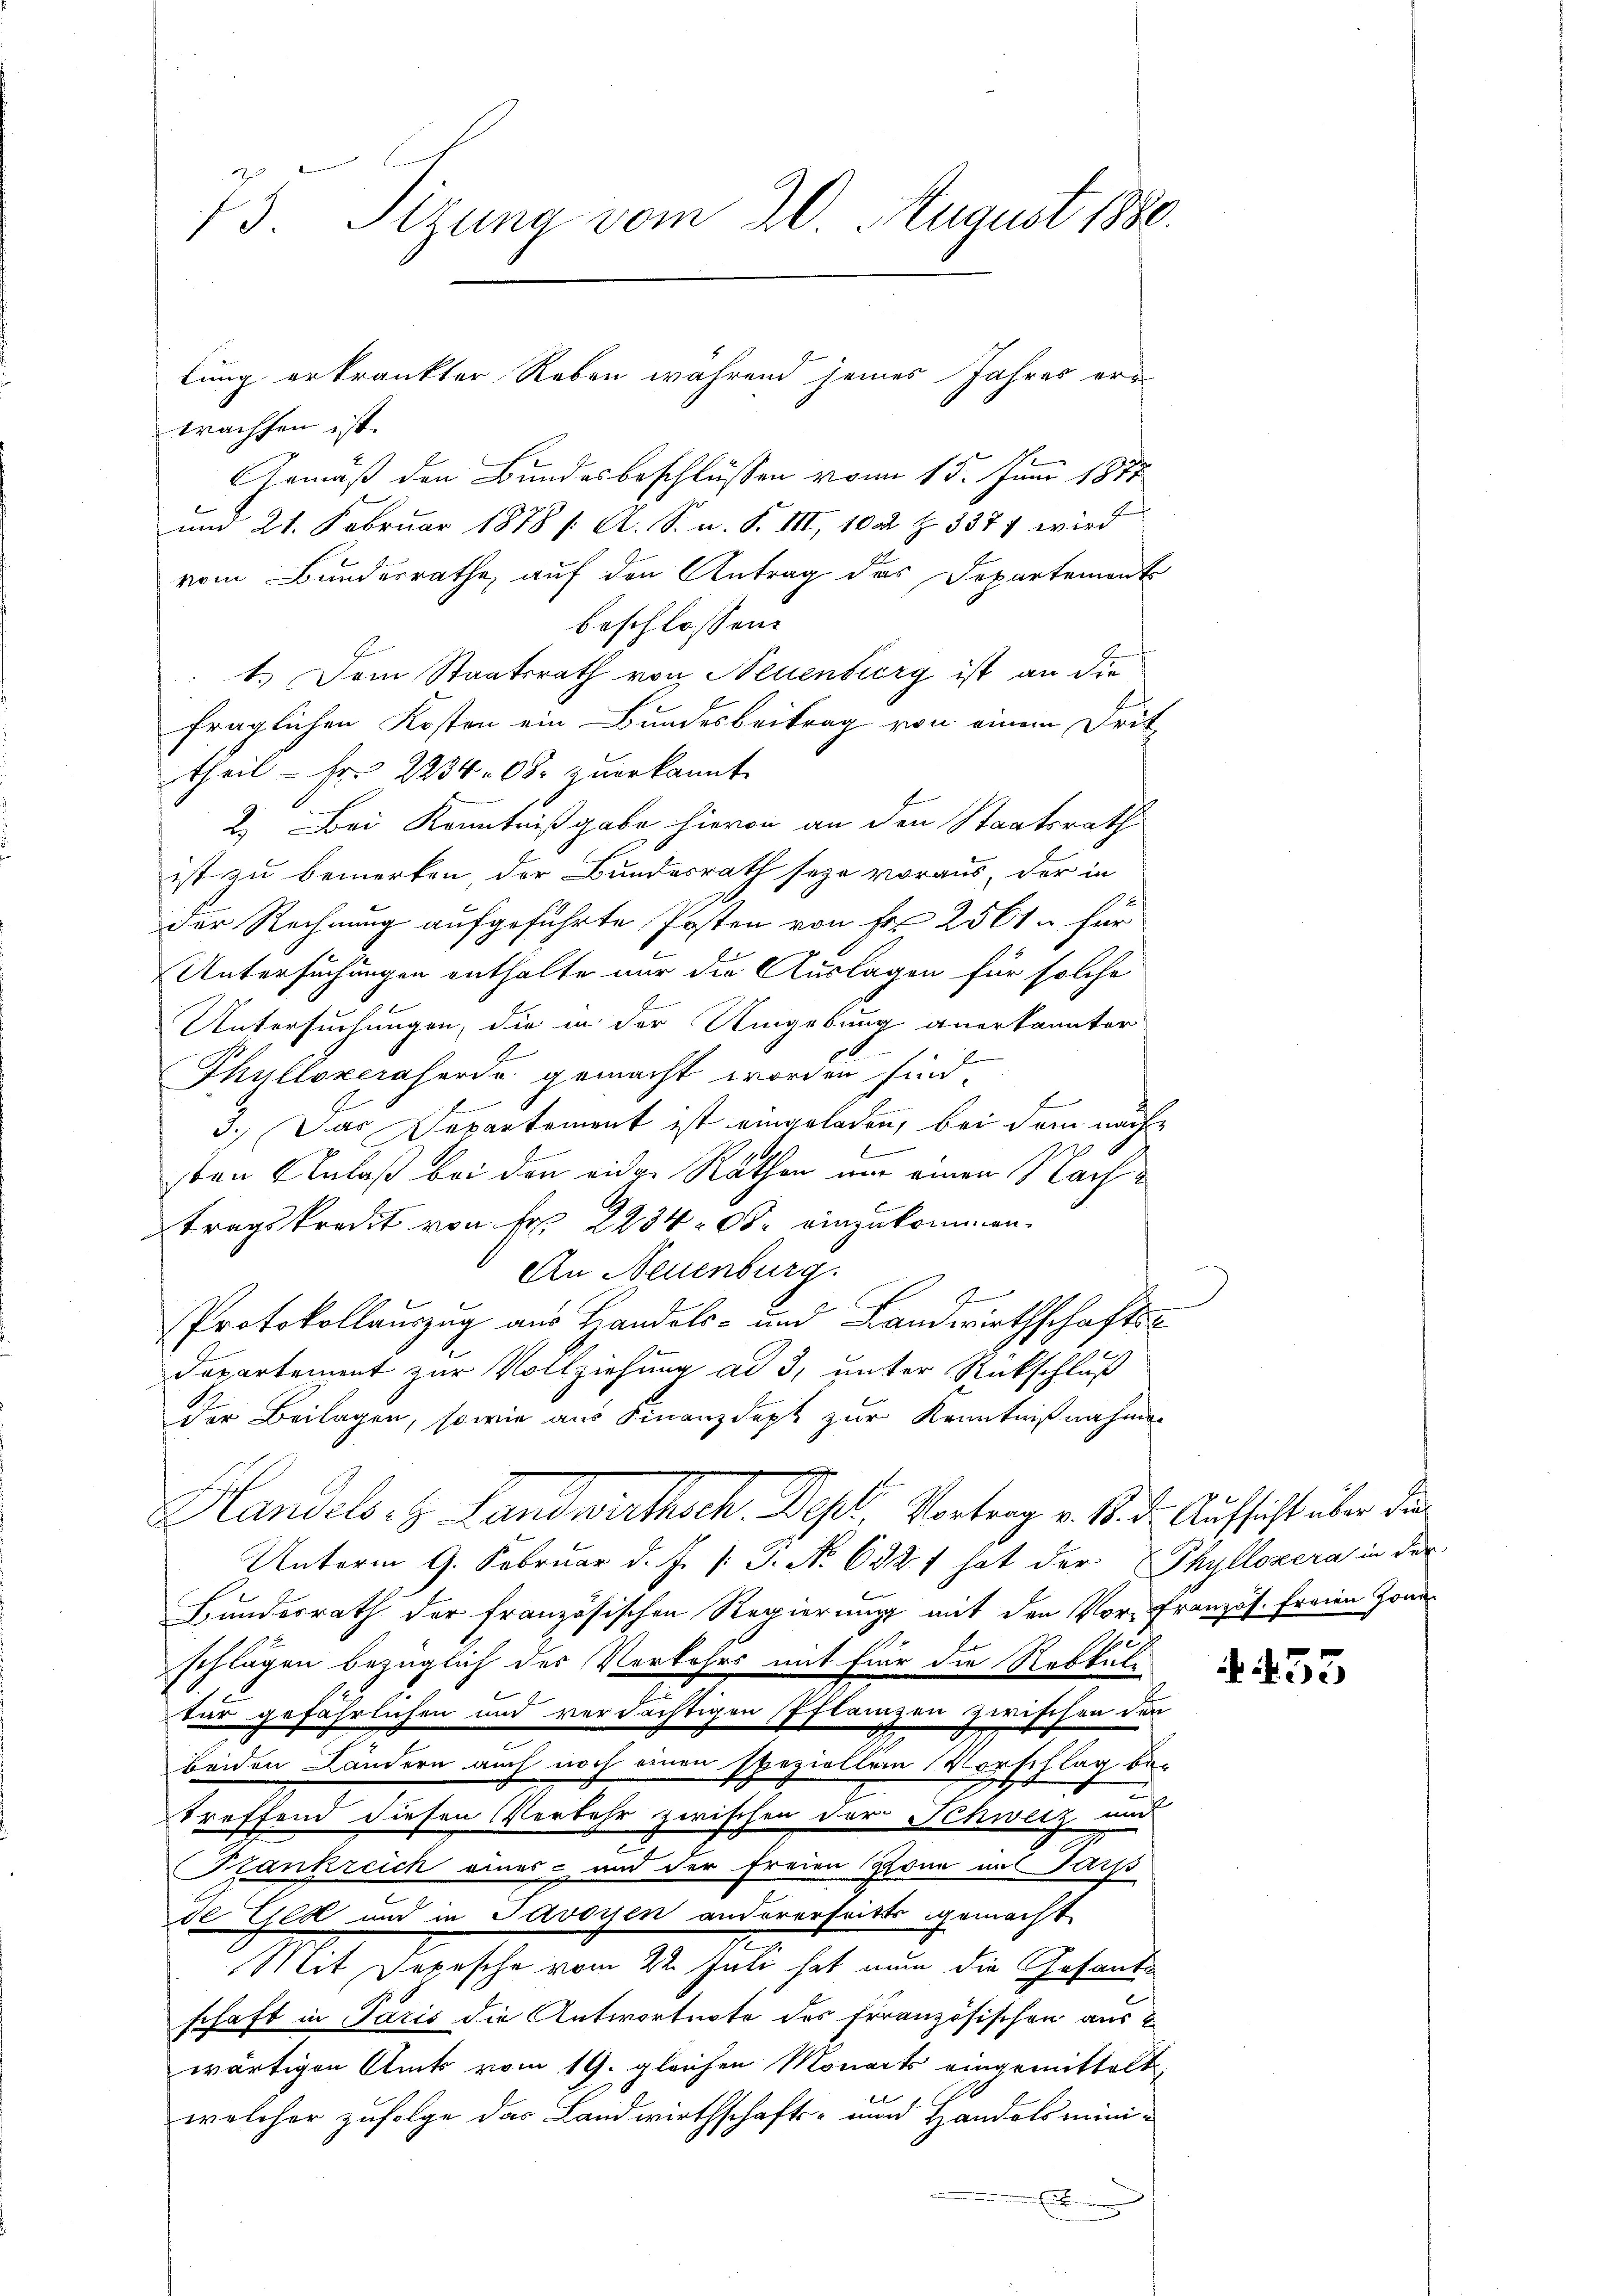
73. Sizung vom 20. August 1880.

wachsen ist.
Gemäß den Bundesbeschlüssen vom 15. Juni 1877
und 21. Februar 1878 /: A. S. u. S. III, 102 Z. 337 7 wird
vom Bundesrathe, auf den Antrag des Departements
beschlossen:
1.) Dem Staatsrath von Neuenburg ist an die
fraglichen Kosten ein Bundesbeitrag von einem Drit
theil - Fr. 223408. zuerkannt.
2.) Bei Kenntnißgabe hievon an den Staatsrath
ist zu bemerken, der Bundesrath seye voraus, der in
der Rechnung aufgeführte Posten von Fr. 2561 für
Untersuchungen enthalte nur die Auslagen für solche
Untersuchungen, die in der Umgebung anerkannter
d
“
J
Thylloxeraserde gemacht worden sind.
f
3.) Das Departement ist eingeladen, bei dem näch
.
.
iben Anlaß bei den einer Räthen nur einen 1 Lachtragskredit von Fr. 223400. einzukommen.
An Neuenburg.
C
Protokollauszug aus Handels- und Landwirthschafts-
Departement zur Vollziehung ad 3, unter Rückschluß
der Beilagen, sowie aus Finanzdept zur Kenntnißnahmen
Handels. z. Landwirtsch. Beyl. Vortrag v. 1. d. Aufsicht über die
Unterm 9. Februar d. J. P. J. N. 6327 hat der Phyllozera in der
Hundesrath der französischen Regierung mit den Vor-Französ. Freien Zone
schlägen bezüglich der Verkehrs mit für die Rekkul
tur gefährlichen und verdächtigen Pflanzen zwischen den
beiden Ländern auch noch einen speziellen Vorschlag be-
treffend diesen Verkehr zwischen der Schweiz und
Krankreich eines- und der freien Zone in Sarp
de Gedl und in Savoyen andererfritts gemacht
Mit Depesche vom 22. Juli hat nun die Gesante
schaft in Paris die Antwortnote des französischen aus
wärtigen Amts vom 19. gleichen Monarts eingemittelt,
t
welcher zufolge das Landwirthschafts- und Handelsmini¬
E

lung erkrankter Reben während seines Jahres er¬

433